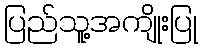
ပြည်သူ့အကျိုးပြု